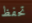
تحفظ